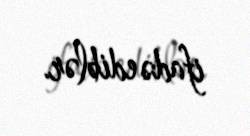
ifadə ediblər.